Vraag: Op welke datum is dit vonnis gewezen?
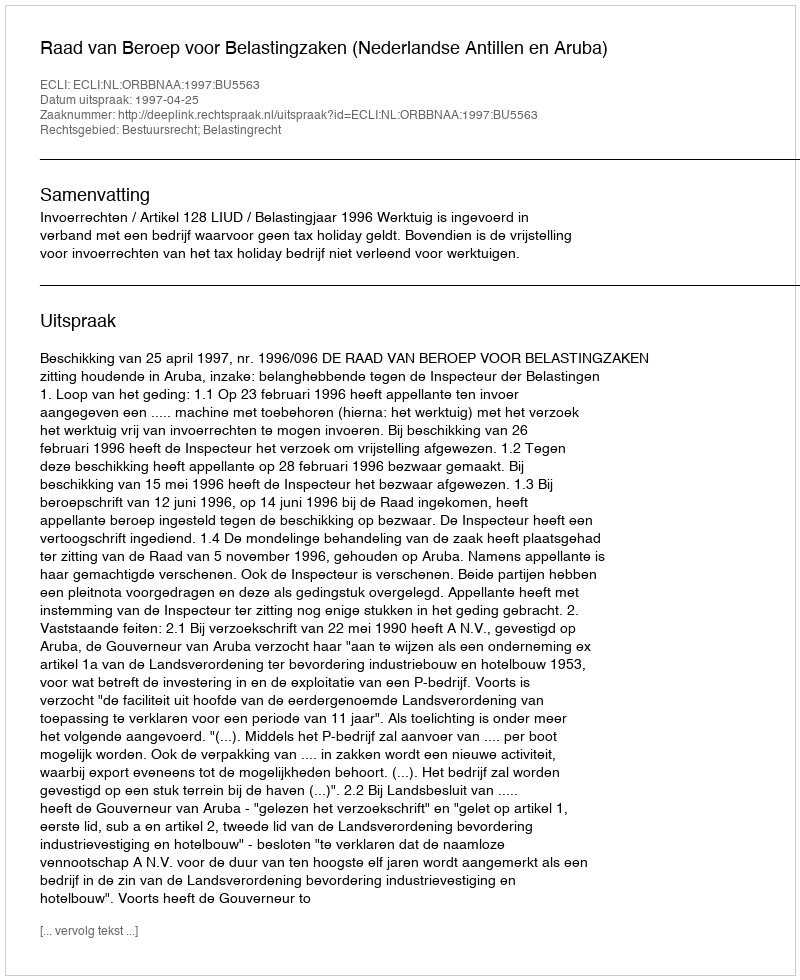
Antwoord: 1997-04-25